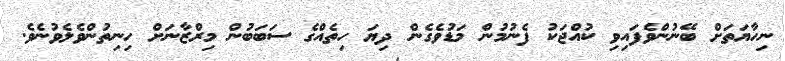
ނިހާޔަތަށް ބޭނުންވެފައިވި ކުއްޖަކު ފެނުމުން މަޑުވެގެން ދިޔަ ހިތެއްގެ ސަބަބުން މިރްޒާނަށް ހިނިތުންވެލެވުނެވެ.